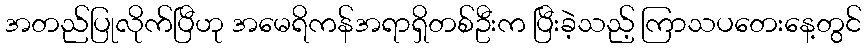
အတည်ပြုလိုက်ပြီဟု အမေရိကန်အရာရှိတစ်ဦးက ပြီးခဲ့သည့် ကြာသပတေးနေ့တွင်